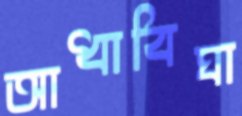
আধাবিঘা